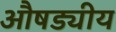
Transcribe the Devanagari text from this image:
औषड्यीय